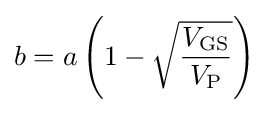
b=a\left(1-{\sqrt {\frac {V_{\text{GS}}}{V_{\text{P}}}}}\right)